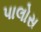
પાલોસ